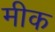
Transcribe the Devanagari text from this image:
मीक